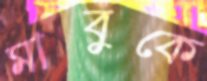
মাবুকে